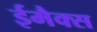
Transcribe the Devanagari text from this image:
ईमैक्स